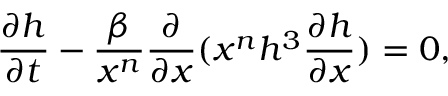
\frac { \partial h } { \partial t } - \frac { \beta } { x ^ { n } } \frac { \partial } { \partial x } ( x ^ { n } h ^ { 3 } \frac { \partial h } { \partial x } ) = 0 ,